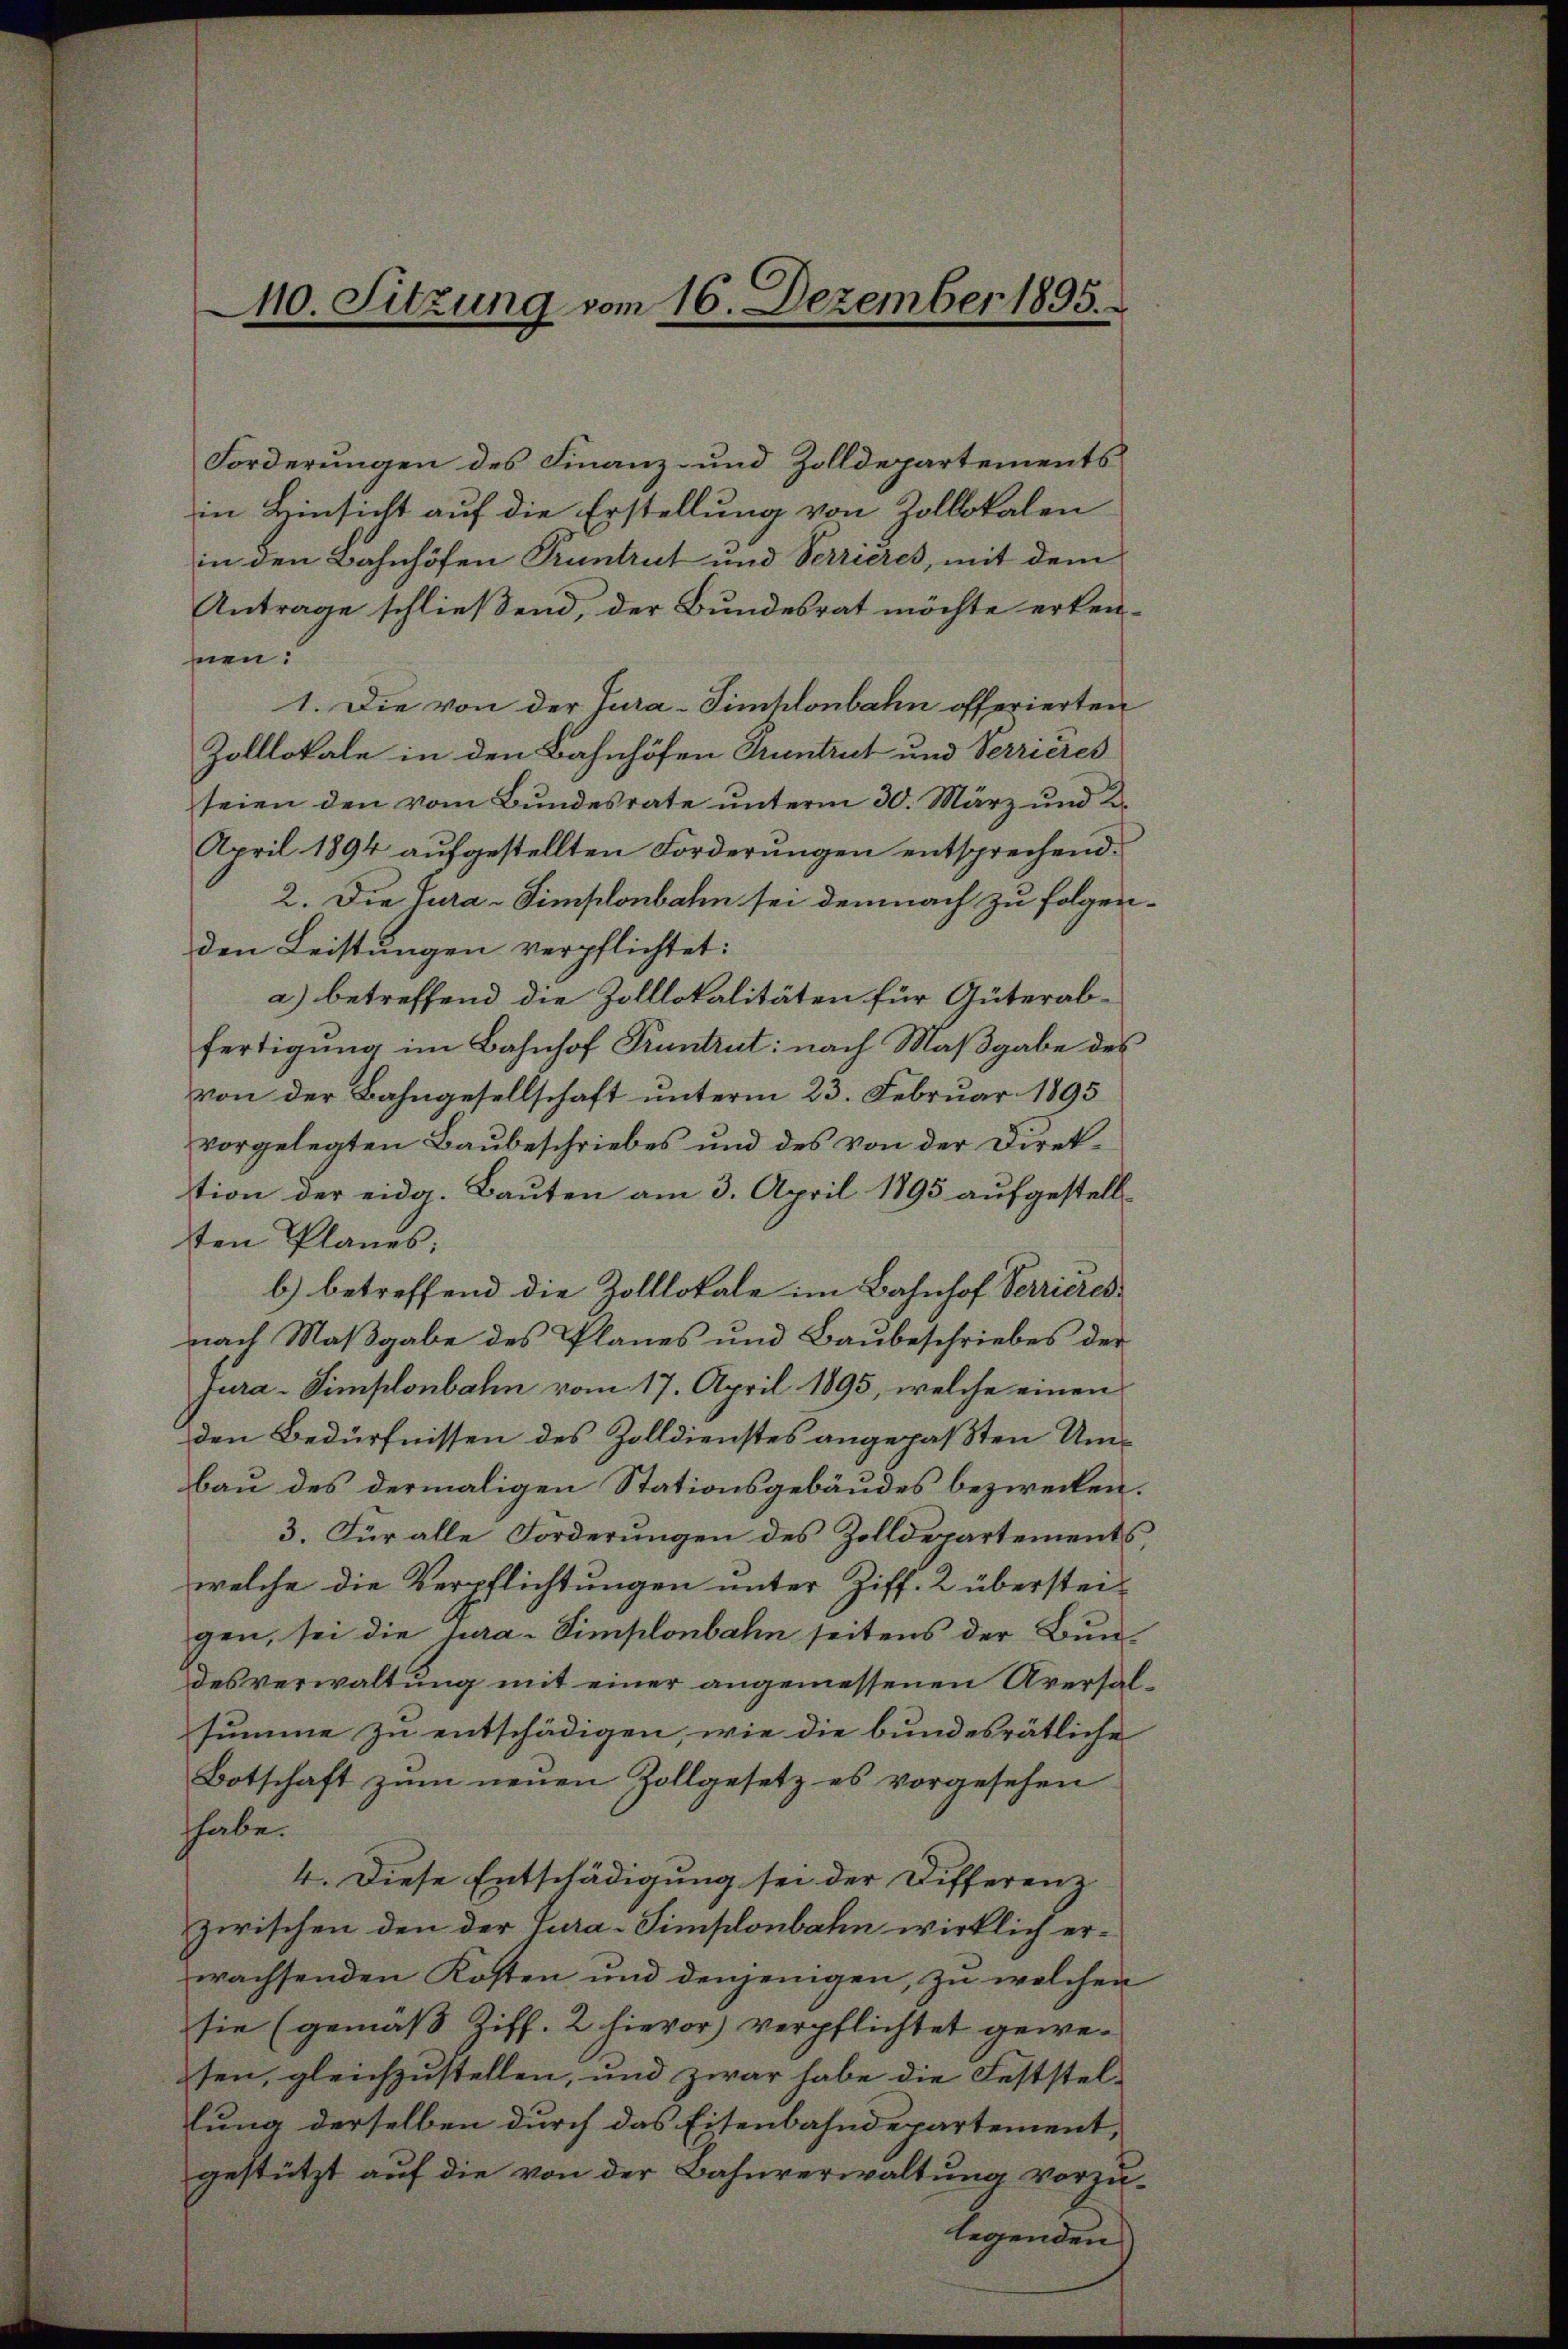
110. Sitzung vom 16. Dezember 1895.

Forderungen des Finanz- und Zolldepartements
in Einsicht auf die Erstellung von Zollokalen
in den Bahnhöfen Pruntrut und Verrieres, mit dem
Antrage schließend, der Bundesrat möchte erken-
nen:
1. Die von der Tura-Simhlonbahn offerierten
Zolllokale in den Bahnhöfen Pruntrut und Verrieres
seien den vom Bundesrate unterm 30. März und 2.
April 1894 aufgestellten Forderungen entsprechend.
2. Die Jura-Simplonbahn sei demnach zu folgenden Leistungen verpflichtet:
a) betreffend die Zolllokalitäten für Güterabfertigung im Bahnhof Pruntrut: nach Maßgabe des
von der Bahngesellschaft unterm 23. Februar 1895
vorgelegten Baubeschriebes und des von der Direktion der eidg. Bauten am 3. April 1895 aufgestellsten Planes,
b) betreffend die Zolllokale im Bahnhof Verrieresnach Maßgabe des Planes und Baubeschriebes der
jura - Simplonbahn vom 17. April 1895, welche einen
den Bedürfnissen des Zolldienstes angepaßten Umbau des dermaligen Stationsgebäudes bezwecken.
3. Für alle Forderungen des Zolldepartements,
welche die Verpflichtungen unter Ziff. 2 überstei-
gen, sei die jura-Simplonbahn seitens der Bundesverwaltung mit einer angemessenen Aversalsumme zu entschädigen, wie die bundesrätliche
Botschaft zŭm neuen Zollgesetz es vorgesehen
thabe.
4. Diese Entschädigung sei der Differenz
zwischen den der Tura-Simplonbahn wirklich erwachsenden Kosten und denjenigen, zu welchen
sie (gemäß Ziff. 2 hievor) verpflichtet gewesen, gleichzustellen, und zwar habe die Feststel-
lung derselben durch das Eisenbahndepartement,
gestützt auf die von der Bahnverwaltung vorzu-
legenden